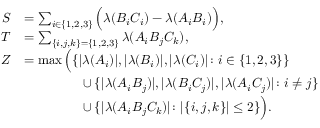
\begin{array} { r l } { S } & { = \sum _ { i \in \{ 1 , 2 , 3 \} } \Big ( \lambda ( B _ { i } C _ { i } ) - \lambda ( A _ { i } B _ { i } ) \Big ) , } \\ { T } & { = \sum _ { \{ i , j , k \} = \{ 1 , 2 , 3 \} } \lambda ( A _ { i } B _ { j } C _ { k } ) , } \\ { Z } & { = \operatorname* { m a x } \Big ( \{ | \lambda ( A _ { i } ) | , | \lambda ( B _ { i } ) | , | \lambda ( C _ { i } ) | \colon i \in \{ 1 , 2 , 3 \} \} } \\ & { \phantom { = \operatorname* { m a x } \Big ( x } \cup \{ | \lambda ( A _ { i } B _ { j } ) | , | \lambda ( B _ { i } C _ { j } ) | , | \lambda ( A _ { i } C _ { j } ) | \colon i \neq j \} } \\ & { \phantom { = \operatorname* { m a x } \Big ( x } \cup \{ | \lambda ( A _ { i } B _ { j } C _ { k } ) | \colon | \{ i , j , k \} | \le 2 \} \Big ) . } \end{array}